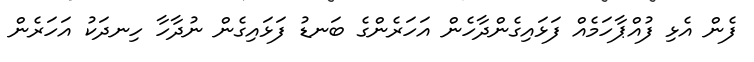
ފެން އެޅި ފުއްޕާހަމެއް ފަޅައިގެންދާހެން އަހަރެންގެ ބަނޑު ފަޅައިގެން ނުދާހާ ހިނދަކު އަހަރެން